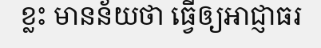
ខ្លះ មានន័យថា ធ្វើឲ្យអាជ្ញាធរ